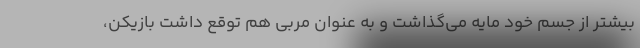
بیشتر از جسم خود مایه می‌گذاشت و به عنوان مربی هم توقع داشت بازیکن،